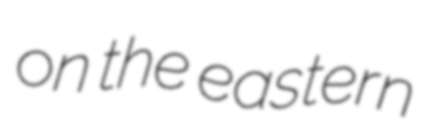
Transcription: on the eastern